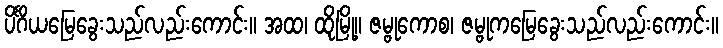
ပိင်္ဂိယမြေခွေးသည်လည်းကောင်း။ အထ၊ ထိုမြို့။ ဇမ္ဗုကောစ၊ ဇမ္ဗုကမြေခွေးသည်လည်းကောင်း။